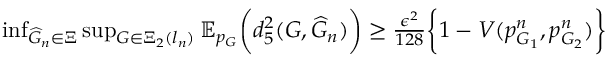
\begin{array} { r } { \operatorname* { i n f } _ { \widehat { G } _ { n } \in \Xi } \operatorname* { s u p } _ { G \in \Xi _ { 2 } ( l _ { n } ) } \mathbb { E } _ { p _ { G } } \biggr ( d _ { 5 } ^ { 2 } ( G , \widehat { G } _ { n } ) \biggr ) \geq \frac { \epsilon ^ { 2 } } { 1 2 8 } \biggr \{ 1 - V ( p _ { G _ { 1 } } ^ { n } , p _ { G _ { 2 } } ^ { n } ) \biggr \} } \end{array}